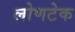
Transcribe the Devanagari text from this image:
लोणटेक